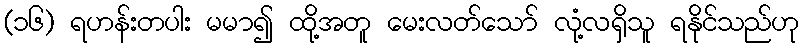
(၁၆) ရဟန်းတပါး မမာ၍ ထို့အတူ မေးလတ်သော် လုံ့လရှိသူ ရနိုင်သည်ဟု